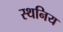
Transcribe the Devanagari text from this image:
स्थनिय